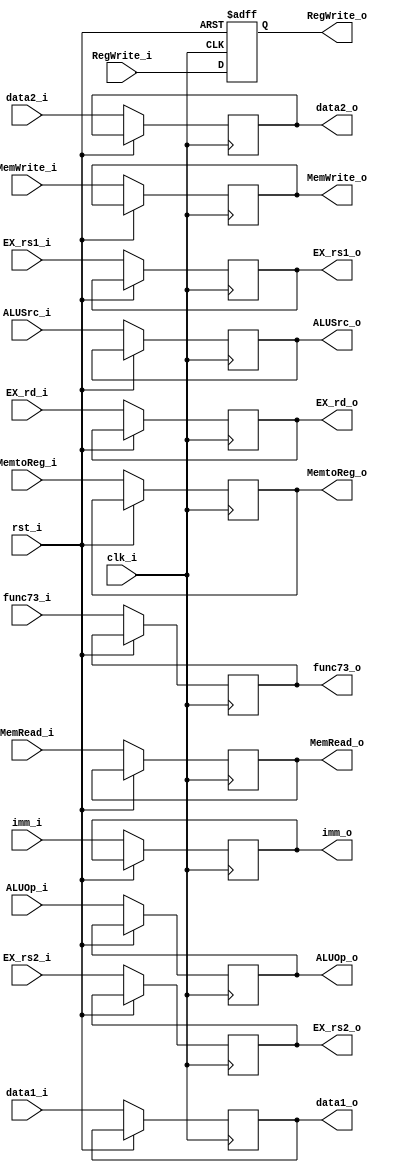
module ID_EX
(
    clk_i,
    rst_i,
    RegWrite_i, 
    MemtoReg_i,
    MemRead_i, 
    MemWrite_i, 
    ALUOp_i, 
    ALUSrc_i,
    data1_i,
    data2_i, 
    imm_i,
    func73_i, 
    EX_rs1_i,
    EX_rs2_i,
    EX_rd_i,

    RegWrite_o, 
    MemtoReg_o,
    MemRead_o, 
    MemWrite_o, 
    ALUOp_o, 
    ALUSrc_o,
    data1_o,
    data2_o, 
    imm_o,
    func73_o, 
    EX_rs1_o,
    EX_rs2_o,
    EX_rd_o,
);

    input clk_i;
    input rst_i;

    input RegWrite_i; 
    input MemtoReg_i;
    input MemRead_i;
    input MemWrite_i; 
    input [1:0] ALUOp_i; 
    input ALUSrc_i;
    input [31:0] data1_i;
    input [31:0] data2_i;
    input [31:0] imm_i;
    input [9:0] func73_i; 
    input [4:0] EX_rs1_i;
    input [4:0] EX_rs2_i;
    input [4:0] EX_rd_i;

    output reg RegWrite_o;
    output reg MemtoReg_o;
    output reg MemRead_o;
    output reg MemWrite_o;
    output reg [1:0] ALUOp_o;
    output reg ALUSrc_o;
    output reg [31:0] data1_o;
    output reg [31:0] data2_o;
    output reg [31:0] imm_o;
    output reg [9:0] func73_o;
    output reg [4:0] EX_rs1_o;
    output reg [4:0] EX_rs2_o;
    output reg [4:0] EX_rd_o;


always@(posedge clk_i or posedge rst_i) begin
    if(rst_i)begin
        RegWrite_o <= 0;
    end
    else begin 
    // RegWrite_o <= RegWrite_i;
        RegWrite_o <= RegWrite_i;
        MemtoReg_o <= MemtoReg_i;
        MemRead_o <= MemRead_i;
        MemWrite_o <= MemWrite_i;
        ALUOp_o <= ALUOp_i;
        ALUSrc_o <= ALUSrc_i;
        data1_o <= data1_i;
        data2_o <= data2_i;
        imm_o <= imm_i;
        func73_o <= func73_i;
        EX_rs1_o <= EX_rs1_i;
        EX_rs2_o <= EX_rs2_i;
        EX_rd_o <= EX_rd_i;
    end
end

endmodule